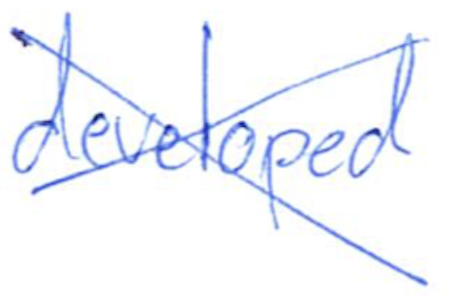
Text: developed
Cross-out: cross
Writing tool: ballpoint